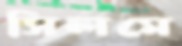
সিলমে